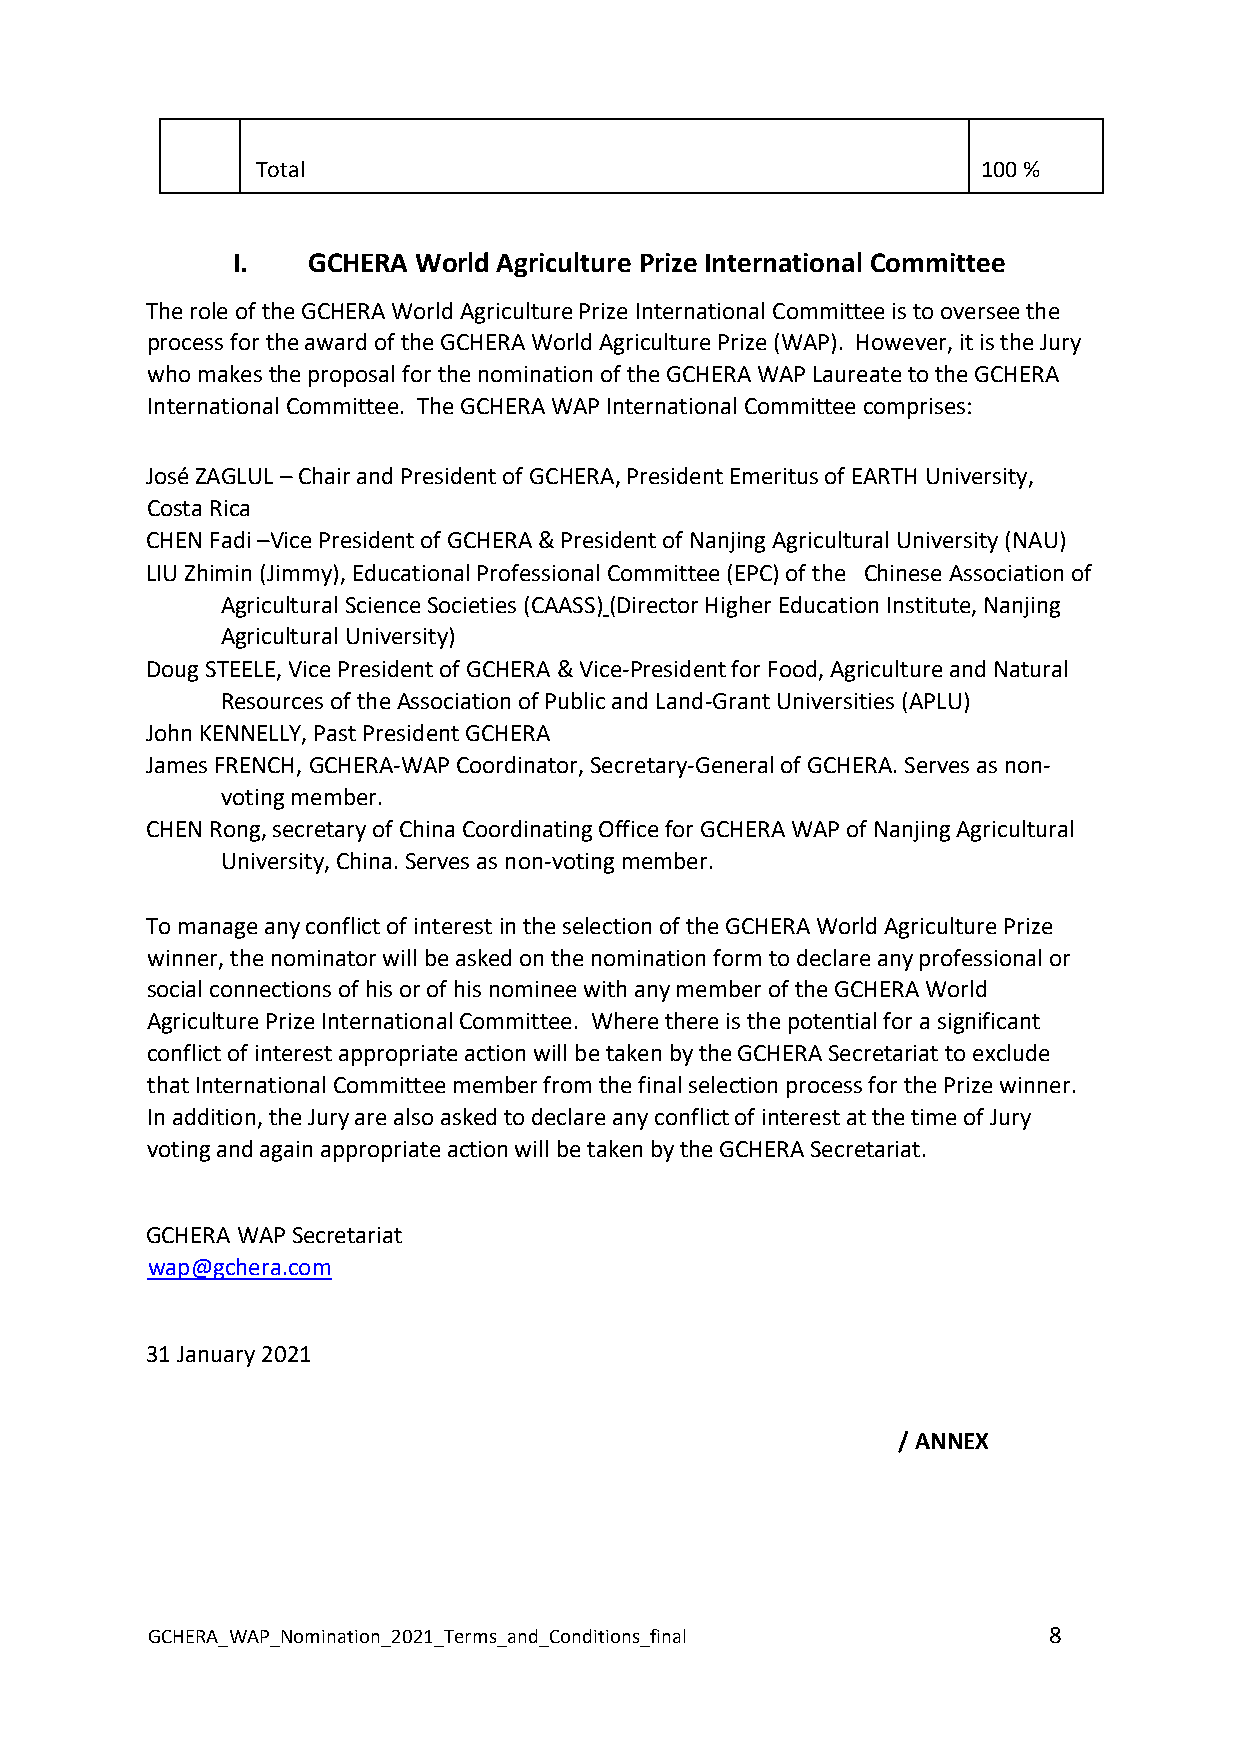
Total                                           100 %
 I.   GCHERA World Agriculture Prize International Committee
 The role of the GCHERA World Agriculture Prize International Committee is to oversee the
 process for the award of the GCHERA World Agriculture Prize (WAP). However, it is the Jury
 who makes the proposal for the nomination of the GCHERA WAP Laureate to the GCHERA
 International Committee. The GCHERA WAP International Committee comprises:
 José ZAGLUL – Chair and President of GCHERA, President Emeritus of EARTH University,
 Costa Rica
 CHEN Fadi –Vice President of GCHERA & President of Nanjing Agricultural University (NAU)
 LIU Zhimin (Jimmy), Educational Professional Committee (EPC) of the Chinese Association of
 Agricultural Science Societies (CAASS) (Director Higher Education Institute, Nanjing
 Agricultural University)
 Doug STEELE, Vice President of GCHERA & Vice-President for Food, Agriculture and Natural
 Resources of the Association of Public and Land-Grant Universities (APLU)
 John KENNELLY, Past President GCHERA
 James FRENCH, GCHERA-WAP Coordinator, Secretary-General of GCHERA. Serves as non-
 voting member.
 CHEN Rong, secretary of China Coordinating Office for GCHERA WAP of Nanjing Agricultural
 University, China. Serves as non-voting member.
 To manage any conflict of interest in the selection of the GCHERA World Agriculture Prize
 winner, the nominator will be asked on the nomination form to declare any professional or
 social connections of his or of his nominee with any member of the GCHERA World
 Agriculture Prize International Committee. Where there is the potential for a significant
 conflict of interest appropriate action will be taken by the GCHERA Secretariat to exclude
 that International Committee member from the final selection process for the Prize winner.
 In addition, the Jury are also asked to declare any conflict of interest at the time of Jury
 voting and again appropriate action will be taken by the GCHERA Secretariat.
 GCHERA WAP Secretariat
 wap@gchera.com
 31 January 2021
 / ANNEX
 GCHERA_WAP_Nomination_2021_Terms_and_Conditions_final      8